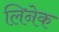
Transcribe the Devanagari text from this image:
लिनेक